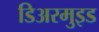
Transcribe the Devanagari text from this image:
डिअरमुइड